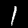
Digit: 1